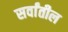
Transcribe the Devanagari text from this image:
सर्वांतील